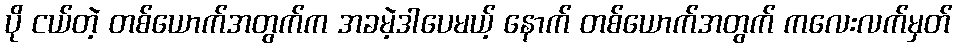
ပို ငယ်တဲ့ တစ်ယောက်အတွက်က အခမဲ့ဒါပေမယ့် နောက် တစ်ယောက်အတွက် ကလေးလက်မှတ်